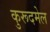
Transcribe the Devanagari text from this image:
कुरूदमेल